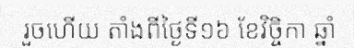
រួចហើយ តាំងពីថ្ងៃទី១៦ ខែវិច្ចិកា ឆ្នាំ